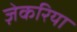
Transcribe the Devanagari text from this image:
ज़ेकरिया